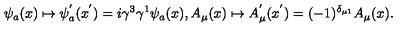
\psi _ { a } ( x ) \mapsto \psi _ { a } ^ { ' } ( x ^ { ' } ) = i \gamma ^ { 3 } \gamma ^ { 1 } \psi _ { a } ( x ) , A _ { \mu } ( x ) \mapsto A _ { \mu } ^ { ' } ( x ^ { ' } ) = ( - 1 ) ^ { \delta _ { \mu 1 } } A _ { \mu } ( x ) .